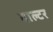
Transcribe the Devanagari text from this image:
वाल्‍टर